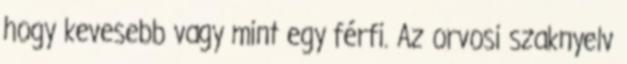
hogy kevesebb vagy mint egy férfi. Az orvosi szaknyelv